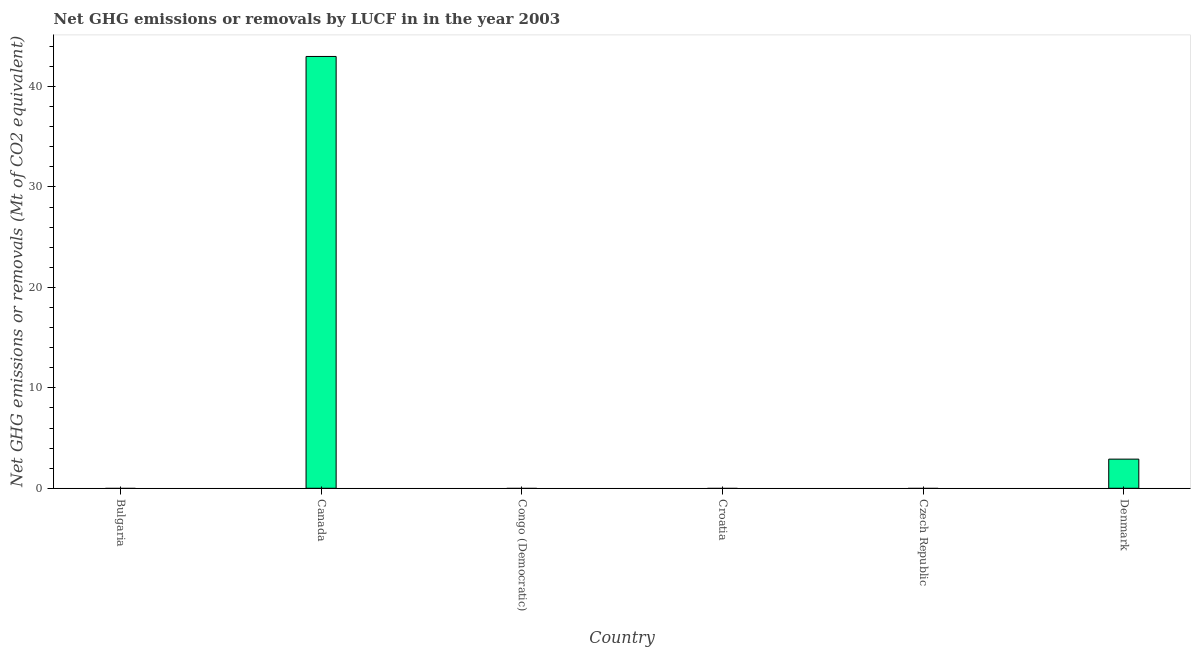
| Country | GHG net emissions or removals |
 | --- | --- |
 | Bulgaria | -11.1 |
 | Canada | 43 |
 | Congo (Democratic) | -179 |
 | Croatia | -7.75 |
 | Czech Republic | -5.75 |
 | Denmark | 2.9 |